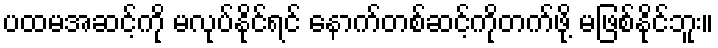
ပထမအဆင့်ကို မလုပ်နိုင်ရင် နောက်တစ်ဆင့်ကိုတက်ဖို့ မဖြစ်နိုင်ဘူး။